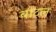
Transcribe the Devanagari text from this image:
बाटल